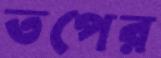
তপের